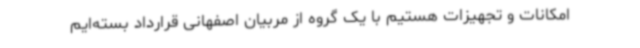
امکانات و تجهیزات هستیم با یک گروه از مربیان اصفهانی قرارداد بسته‌ایم